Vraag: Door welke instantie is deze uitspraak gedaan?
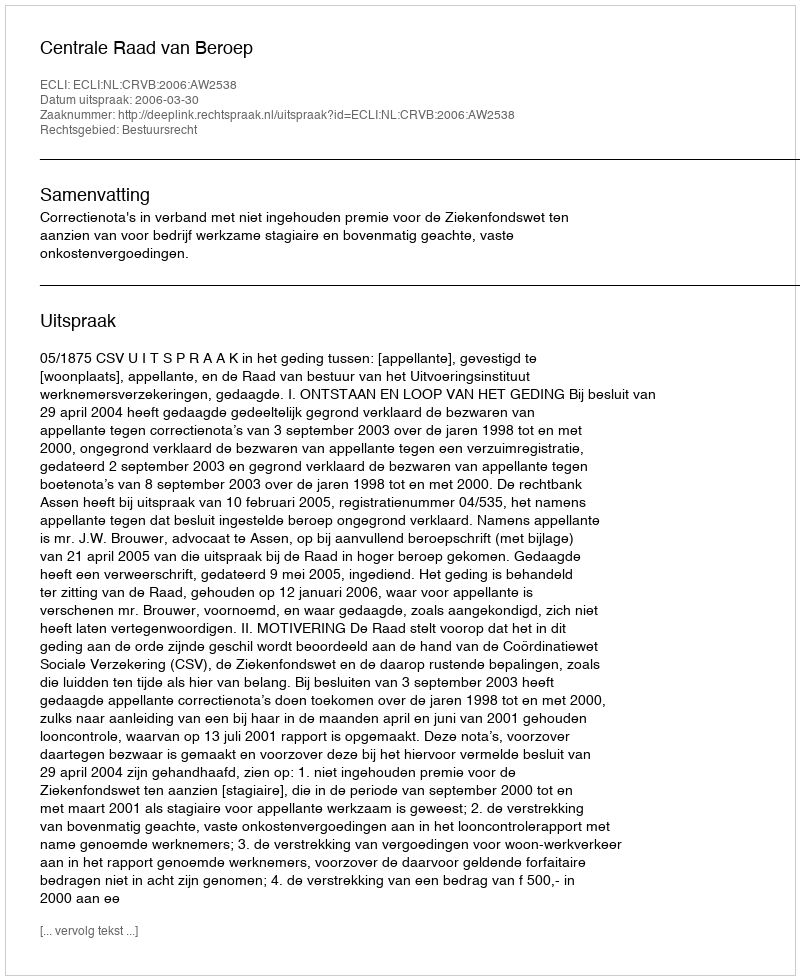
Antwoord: Centrale Raad van Beroep